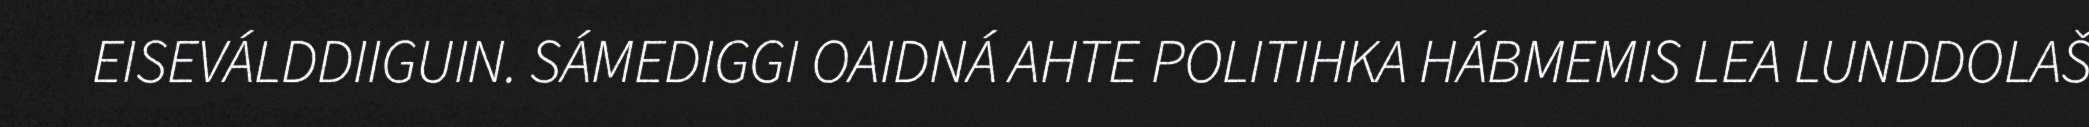
EISEVÁLDDIIGUIN. SÁMEDIGGI OAIDNÁ AHTE POLITIHKA HÁBMEMIS LEA LUNDDOLAŠ